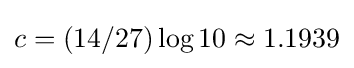
c=(14/27)\log 10\approx 1.1939